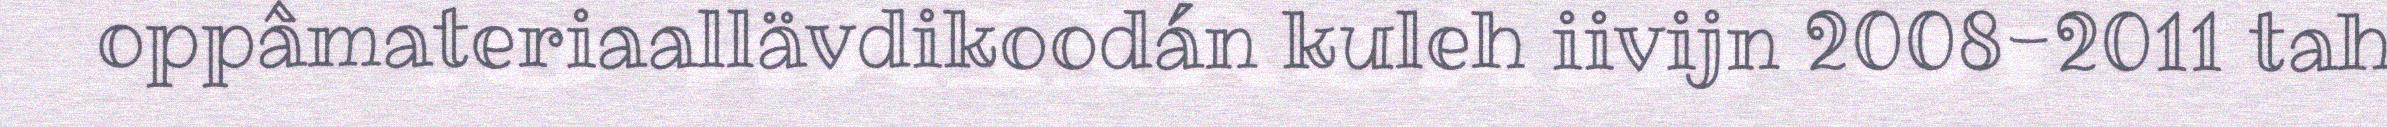
oppâmateriaallävdikoodán kuleh iivijn 2008-2011 tah